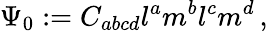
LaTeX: \Psi_{0}:=C_{abcd}l^{a}m^{b}l^{c}m^{d}\, ,